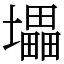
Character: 㙼